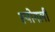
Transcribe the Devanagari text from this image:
स्पोगली